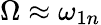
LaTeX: \Omega\approx\omega_{1n}